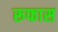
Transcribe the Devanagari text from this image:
रूफास